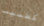
كطبيب